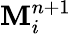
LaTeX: \mathbf{M}_{i}^{n+1}